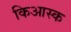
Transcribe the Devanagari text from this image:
किआस्क